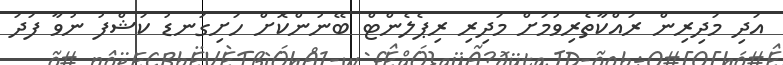
އަދި މަދިރިން ރައްކާތެރިވުމަށް މަދިރި ރިޕެލެންޓް ބޭނުންކޮށް ހަށިގަނޑު ކަޝްފު ނުވާ ފަދަ